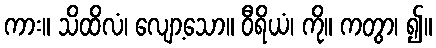
ကား။ သိထိလံ၊ လျော့သော။ ဝီရိယံ၊ ကို။ ကတွာ၊ ၍။